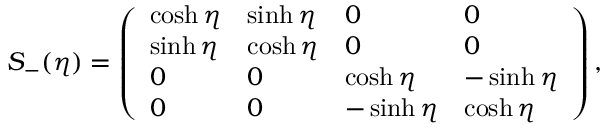
S _ { - } ( \eta ) = \left( \begin{array} { l l l l } { { \cosh \eta } } & { { \sinh \eta } } & { { 0 } } & { { 0 } } \\ { { \sinh \eta } } & { { \cosh \eta } } & { { 0 } } & { { 0 } } \\ { { 0 } } & { { 0 } } & { { \cosh \eta } } & { { - \sinh \eta } } \\ { { 0 } } & { { 0 } } & { { - \sinh \eta } } & { { \cosh \eta } } \end{array} \right) ,